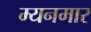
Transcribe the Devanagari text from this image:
म्यनमार